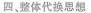
四、整体代换思想